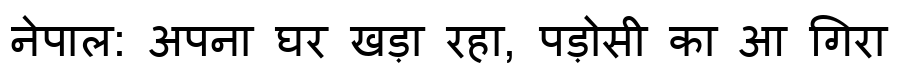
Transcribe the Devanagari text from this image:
नेपाल: अपना घर खड़ा रहा, पड़ोसी का आ गिरा